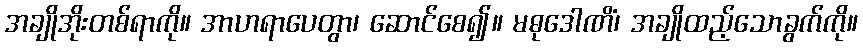
အချိုအိုးတစ်ရာကို။ အာဟရာပေတွာ၊ ဆောင်စေ၍။ မဓုဒေါဏိံ၊ အချိုထည့်သောခွက်ကို။